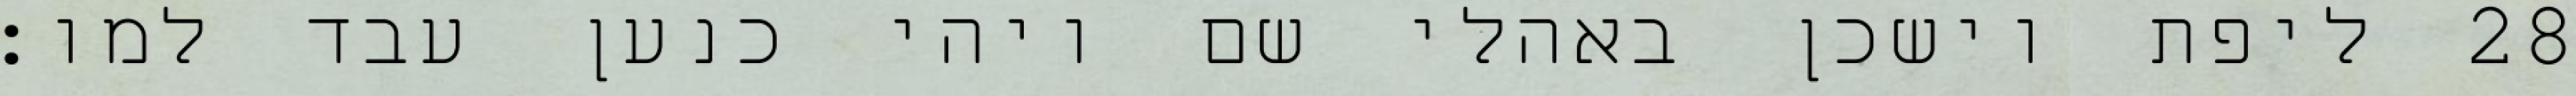
ליפת וישכן באהלי שם ויהי כנען עבד למו׃ ‎28‏